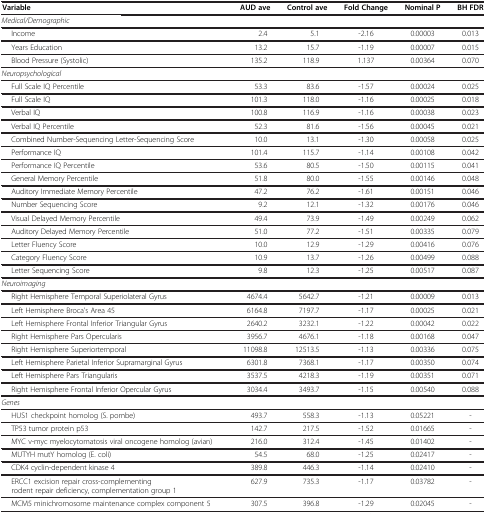
<table><thead><tr><td><b>Variable</b></td><td><b> </b></td><td><b>AUD ave</b></td><td><b>Control ave</b></td><td><b>Fold Change</b></td><td><b>Nominal P</b></td><td><b>BH FDR</b></td></tr></thead><tbody><tr><td colspan="7"><i>Medical/Demographic</i></td></tr><tr><td colspan="2">Income</td><td>2.4</td><td>5.1</td><td>-2.16</td><td>0.00003</td><td>0.013</td></tr><tr><td colspan="2">Years Education</td><td>13.2</td><td>15.7</td><td>-1.19</td><td>0.00007</td><td>0.015</td></tr><tr><td colspan="2">Blood Pressure (Systolic)</td><td>135.2</td><td>118.9</td><td>1.137</td><td>0.00364</td><td>0.070</td></tr><tr><td colspan="7"><i>Neuropsychological</i></td></tr><tr><td colspan="2">Full Scale IQ Percentile</td><td>53.3</td><td>83.6</td><td>-1.57</td><td>0.00024</td><td>0.025</td></tr><tr><td colspan="2">Full Scale IQ</td><td>101.3</td><td>118.0</td><td>-1.16</td><td>0.00025</td><td>0.018</td></tr><tr><td colspan="2">Verbal IQ</td><td>100.8</td><td>116.9</td><td>-1.16</td><td>0.00038</td><td>0.023</td></tr><tr><td colspan="2">Verbal IQ Percentile</td><td>52.3</td><td>81.6</td><td>-1.56</td><td>0.00045</td><td>0.021</td></tr><tr><td colspan="2">Combined Number-Sequencing Letter-Sequencing Score</td><td>10.0</td><td>13.1</td><td>-1.30</td><td>0.00058</td><td>0.025</td></tr><tr><td colspan="2">Performance IQ</td><td>101.4</td><td>115.7</td><td>-1.14</td><td>0.00108</td><td>0.042</td></tr><tr><td colspan="2">Performance IQ Percentile</td><td>53.6</td><td>80.5</td><td>-1.50</td><td>0.00115</td><td>0.041</td></tr><tr><td colspan="2">General Memory Percentile</td><td>51.8</td><td>80.0</td><td>-1.55</td><td>0.00146</td><td>0.048</td></tr><tr><td colspan="2">Auditory Immediate Memory Percentile</td><td>47.2</td><td>76.2</td><td>-1.61</td><td>0.00151</td><td>0.046</td></tr><tr><td colspan="2">Number Sequencing Score</td><td>9.2</td><td>12.1</td><td>-1.32</td><td>0.00176</td><td>0.046</td></tr><tr><td colspan="2">Visual Delayed Memory Percentile</td><td>49.4</td><td>73.9</td><td>-1.49</td><td>0.00249</td><td>0.062</td></tr><tr><td colspan="2">Auditory Delayed Memory Percentile</td><td>51.0</td><td>77.2</td><td>-1.51</td><td>0.00335</td><td>0.079</td></tr><tr><td colspan="2">Letter Fluency Score</td><td>10.0</td><td>12.9</td><td>-1.29</td><td>0.00416</td><td>0.076</td></tr><tr><td colspan="2">Category Fluency Score</td><td>10.9</td><td>13.7</td><td>-1.26</td><td>0.00499</td><td>0.088</td></tr><tr><td colspan="2">Letter Sequencing Score</td><td>9.8</td><td>12.3</td><td>-1.25</td><td>0.00517</td><td>0.087</td></tr><tr><td colspan="7"><i>Neuroimaging</i></td></tr><tr><td colspan="2">Right Hemisphere Temporal Superiolateral Gyrus</td><td>4674.4</td><td>5642.7</td><td>-1.21</td><td>0.00009</td><td>0.013</td></tr><tr><td colspan="2">Left Hemisphere Broca’s Area 45</td><td>6164.8</td><td>7197.7</td><td>-1.17</td><td>0.00025</td><td>0.021</td></tr><tr><td colspan="2">Left Hemisphere Frontal Inferior Triangular Gyrus</td><td>2640.2</td><td>3232.1</td><td>-1.22</td><td>0.00042</td><td>0.022</td></tr><tr><td colspan="2">Right Hemisphere Pars Opercularis</td><td>3956.7</td><td>4676.1</td><td>-1.18</td><td>0.00168</td><td>0.047</td></tr><tr><td colspan="2">Right Hemisphere Superiortemporal</td><td>11098.8</td><td>12513.5</td><td>-1.13</td><td>0.00336</td><td>0.075</td></tr><tr><td colspan="2">Left Hemisphere Parietal Inferior Supramarginal Gyrus</td><td>6301.8</td><td>7368.1</td><td>-1.17</td><td>0.00350</td><td>0.074</td></tr><tr><td colspan="2">Left Hemisphere Pars Triangularis</td><td>3537.5</td><td>4218.3</td><td>-1.19</td><td>0.00351</td><td>0.071</td></tr><tr><td colspan="2">Right Hemisphere Frontal Inferior Opercular Gyrus</td><td>3034.4</td><td>3493.7</td><td>-1.15</td><td>0.00540</td><td>0.088</td></tr><tr><td colspan="7"><i>Genes</i></td></tr><tr><td colspan="2">HUS1 checkpoint homolog (S. pombe)</td><td>493.7</td><td>558.3</td><td>-1.13</td><td>0.05221</td><td>-</td></tr><tr><td colspan="2">TP53 tumor protein p53</td><td>142.7</td><td>217.5</td><td>-1.52</td><td>0.01665</td><td>-</td></tr><tr><td colspan="2">MYC v-myc myelocytomatosis viral oncogene homolog (avian)</td><td>216.0</td><td>312.4</td><td>-1.45</td><td>0.01402</td><td>-</td></tr><tr><td colspan="2">MUTYH mutY homolog (E. coli)</td><td>54.5</td><td>68.0</td><td>-1.25</td><td>0.02417</td><td>-</td></tr><tr><td colspan="2">CDK4 cyclin-dependent kinase 4</td><td>389.8</td><td>446.3</td><td>-1.14</td><td>0.02410</td><td>-</td></tr><tr><td colspan="2">ERCC1 excision repair cross-complementing rodent repair deficiency, complementation group 1</td><td>627.9</td><td>735.3</td><td>-1.17</td><td>0.03782</td><td>-</td></tr><tr><td colspan="2">MCM5 minichromosome maintenance complex component 5</td><td>307.5</td><td>396.8</td><td>-1.29</td><td>0.02045</td><td>-</td></tr></tbody></table>